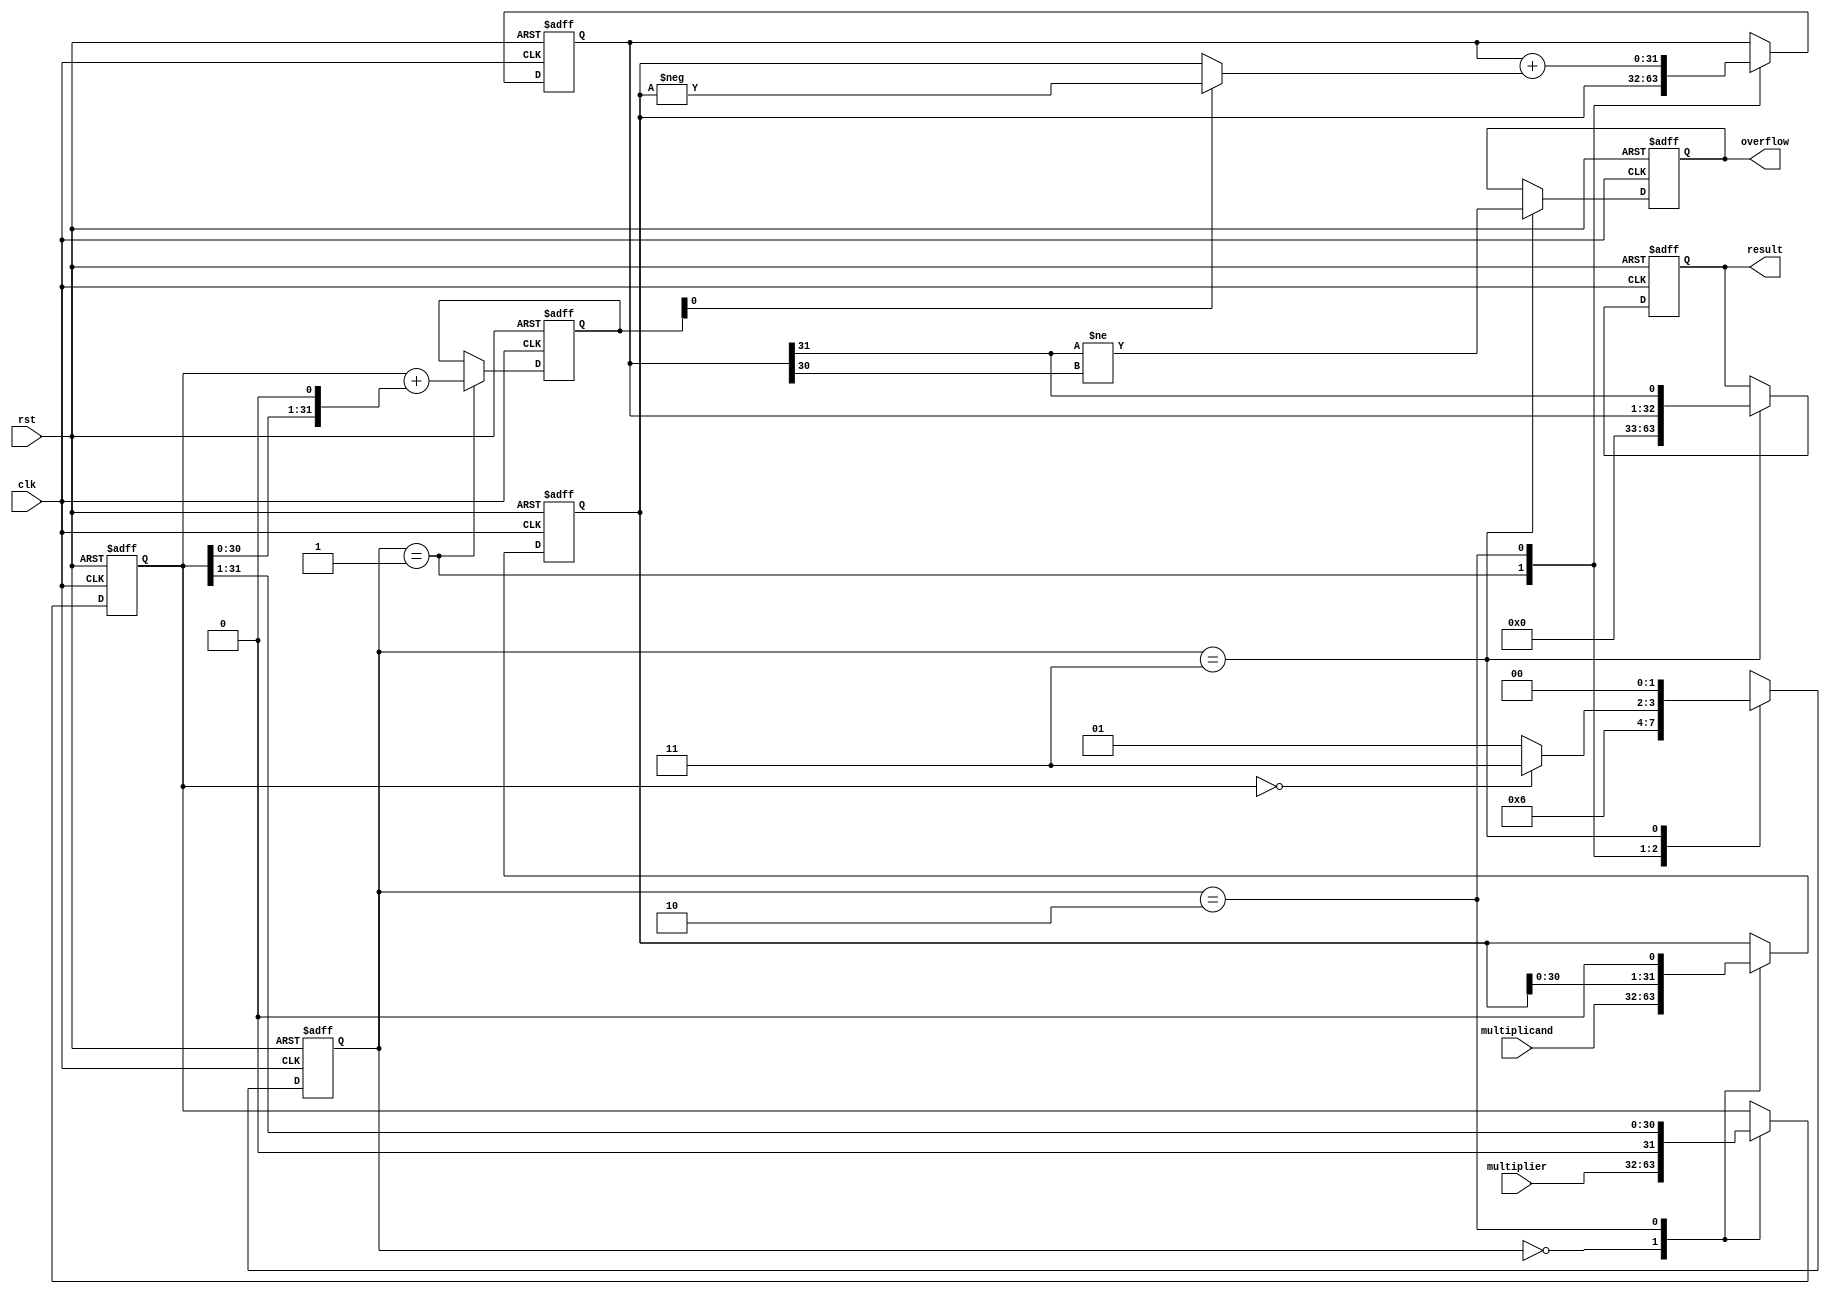
module booth_multiplier(
  input [31:0] multiplicand,
  input [31:0] multiplier,
  input clk,
  input rst,
  output reg [63:0] result,
  output reg overflow
);

reg [31:0] mult_reg;
reg [31:0] mult_shifted;
reg [31:0] partial_prod;
reg [31:0] booth_encoding;
reg [1:0] state;

always @(posedge clk or posedge rst)
begin
  if (rst) begin
    mult_reg <= 32'b0;
    mult_shifted <= 32'b0;
    partial_prod <= 32'b0;
    booth_encoding <= 32'b0;
    result <= 64'b0;
    overflow <= 1'b0;
    state <= 2'b00;
  end else begin
    case (state)
      2'b00: begin
        mult_reg <= multiplicand;
        mult_shifted <= multiplier;
        state <= 2'b01;
      end
      2'b01: begin
        partial_prod <= mult_reg;
        booth_encoding <= {mult_shifted[31], mult_shifted[31:0]} + ({mult_shifted[0], mult_shifted} << 1);
        state <= 2'b10;
      end
      2'b10: begin
        partial_prod <= partial_prod + (booth_encoding[0] ? -mult_reg : mult_reg);
        mult_reg <= mult_reg << 1;
        mult_shifted <= mult_shifted >> 1;
        state <= mult_shifted == 32'b0 ? 2'b11 : 2'b01;
      end
      2'b11: begin
        result <= {partial_prod, partial_prod[31]};
        overflow <= partial_prod[31] != partial_prod[30];
        state <= 2'b00;
      end
    endcase
  end
end

endmodule